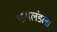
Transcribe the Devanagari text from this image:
थायलंडला